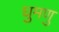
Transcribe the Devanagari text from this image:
घुमणु